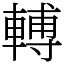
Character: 𨍭